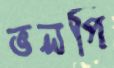
ভলপি